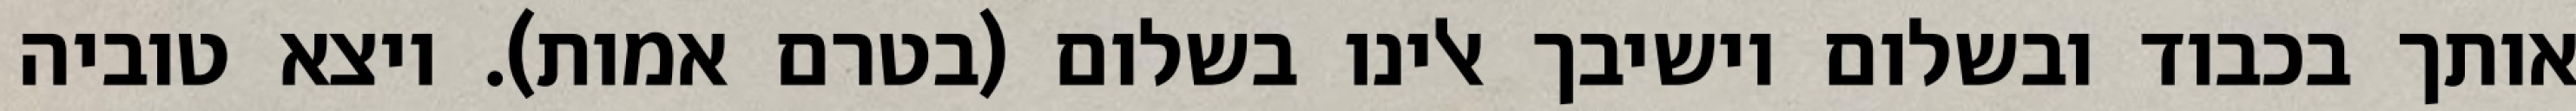
אותך בכבוד ובשלום וישיבך אלינו בשלום (בטרם אמות). ויצא טוביה